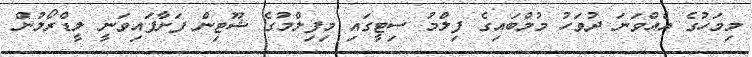
މިމަހުގެ އެއްވަނަ ދުވަހު މުމްބައިގެ ފިލްމު ސިޓީގައި މިފިލްމުގެ ޝޫޓިން ފަށާފައިވަނީ ލީޑްރޯލުން